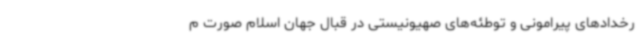
رخدادهای پیرامونی و توطئه‌های صهیونیستی در قبال جهان اسلام صورت م